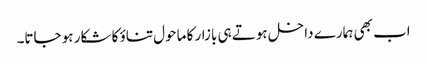
اب بھی ہمارے داخل ہوتے ہی بازار کا ماحول تناؤ کا شکار ہو جاتا۔